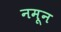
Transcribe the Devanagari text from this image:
नमून